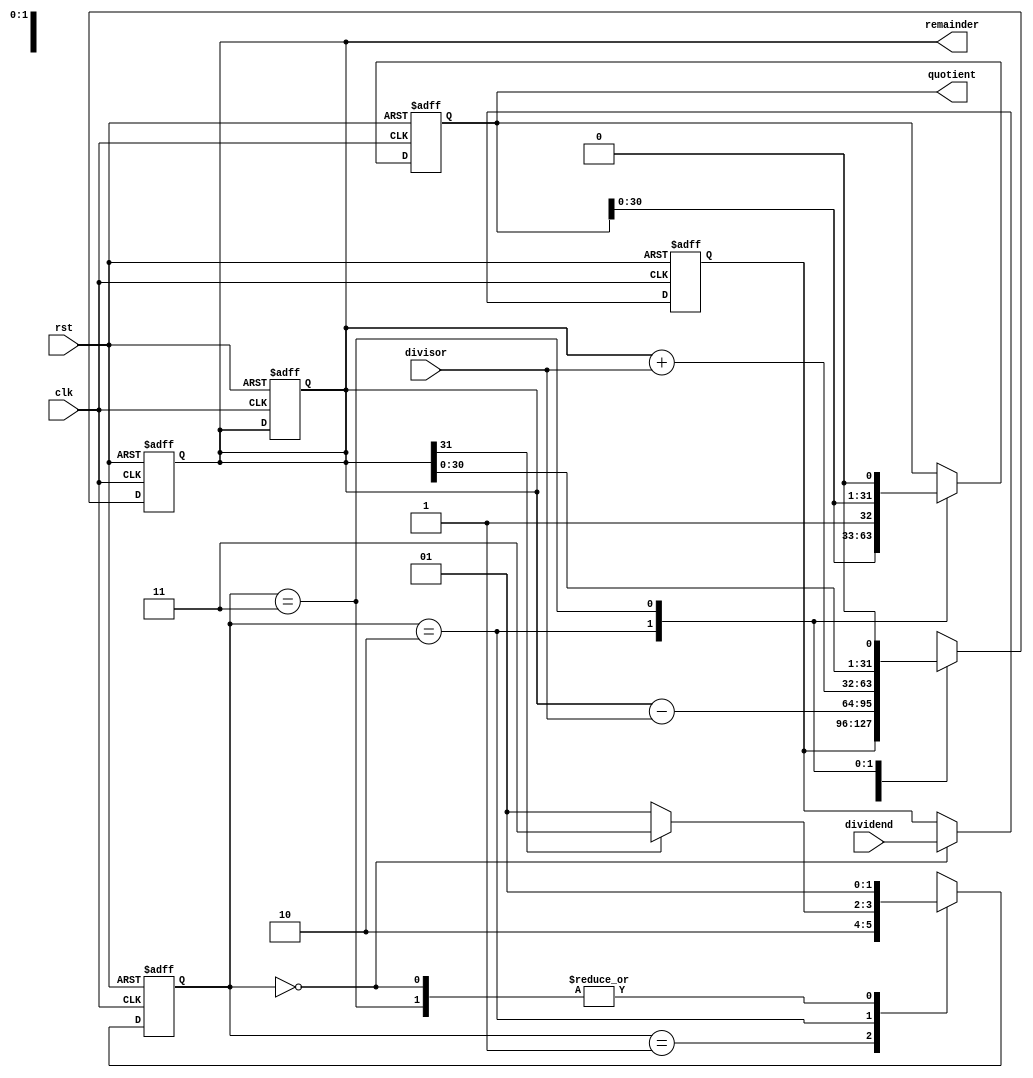
module non_restoring_divider (
    input wire clk,
    input wire rst,
    input wire [31:0] dividend,
    input wire [31:0] divisor,
    output reg [31:0] quotient,
    output reg [31:0] remainder
);

reg [31:0] temp_dividend;
reg [31:0] temp_remainder;
reg [6:0] counter;
reg [1:0] state;

always @(posedge clk or posedge rst) begin
    if (rst) begin
        temp_dividend <= 32'b0;
        temp_remainder <= 32'b0;
        quotient <= 32'b0;
        remainder <= 32'b0;
        counter <= 7'b0;
        state <= 2'b00;
    end else begin
        case (state)
            2'b00: begin  // Initialization
                temp_dividend <= dividend;
                temp_remainder <= temp_dividend;
                counter <= 7'b0;
                state <= 2'b01;
            end
            2'b01: begin  // Subtract
                temp_remainder <= temp_remainder - divisor;
                state <= 2'b10;
            end
            2'b10: begin  // Update Quotient and Remainder
                temp_remainder <= temp_remainder + divisor;
                quotient <= {quotient, 1'b1};
                counter <= counter + 7'b1;
                if (temp_remainder[31] == 1'b0) begin
                    state <= 2'b01;
                end else begin
                    state <= 2'b11;
                end
            end
            2'b11: begin  // Shift
                temp_remainder <= temp_remainder << 1;
                quotient <= {quotient, 1'b0};
                counter <= counter + 7'b1;
                state <= 2'b01;
            end
            default: begin
                state <= 2'b00;
            end
        endcase
    end
end

assign remainder = temp_remainder;

endmodule